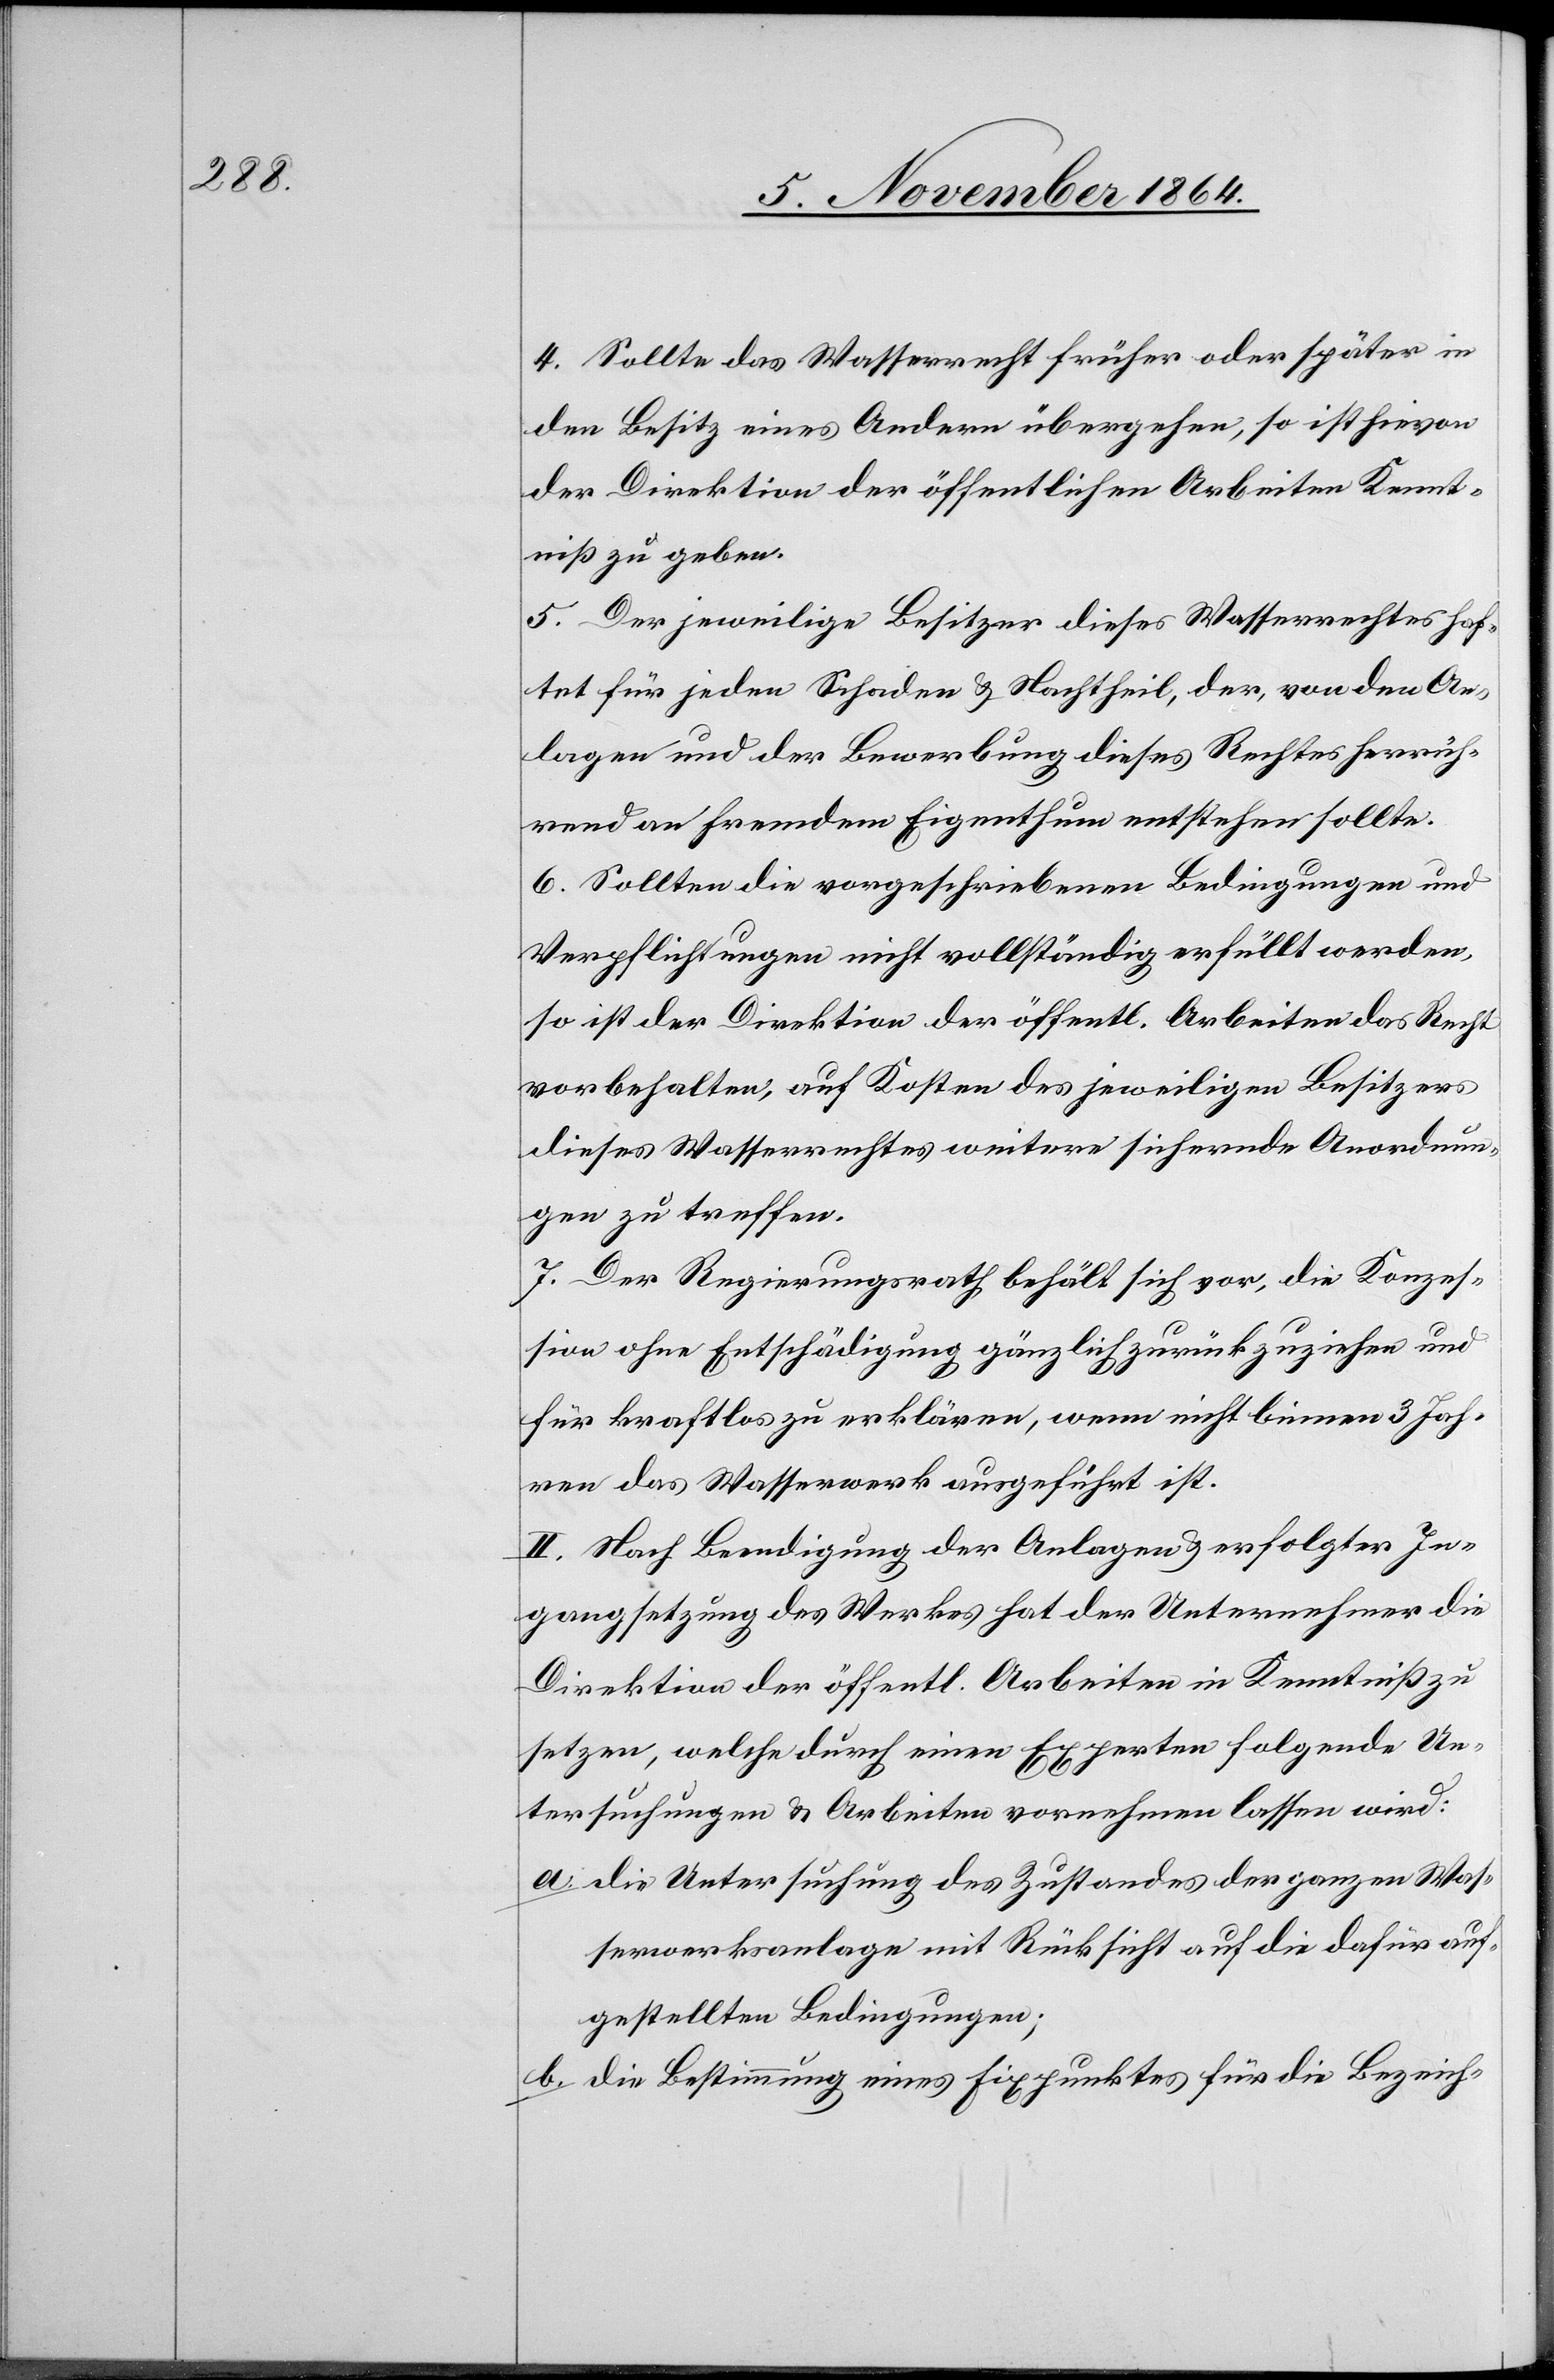
4. Sollte das Wasserrecht früher oder später in
den Besitz eines Andern übergehen, so ist hievon
der Direktion der öffentlichen Arbeiten Kennt¬
niß zu geben.
5. Der jeweilige Besitzer dieses Wasserrechtes haf¬
tet für jeden Schaden & Nachtheil, der, von den An¬
lagen und der Bewerbung dieses Rechtes herrüh¬
rend an fremdem Eigenthum entstehen sollte.
6. Sollten die vorgeschriebenen Bedingungen und
Verpflichtungen nicht vollständig erfüllt werden,
so ist der Direktion der öffentl. Arbeiten das Recht
vorbehalten, auf Kosten des jeweiligen Besitzers
dieses Wasserrechtes weitere sichernde Anordnun¬
gen zu treffen.
7. Der Regierungsrath behält sich vor, die Konzes¬
sion ohne Entschädigung gänzlich zurückzuziehen und
für kraftlos zu erklären, wenn nicht binnen 3 Jah¬
ren das Wasserwerk ausgeführt ist.
II. Nach Beendigung der Anlagen & erfolgter In¬
gangsetzung des Werkes hat der Unternehmer die
Direktion der öffentl. Arbeiten in Kenntniß zu
setzten, welche durch einen Experten folgende Un¬
tersuchungen und Arbeiten vornehmen lassen wird:
a. die Untersuchung des Zustandes der ganzen Was¬
serwerksanlage mit Rücksicht auf die dafür auf¬
gestellten Bedingungen;
b. die Bestimmung eines Fixpunktes für die Bezeich-